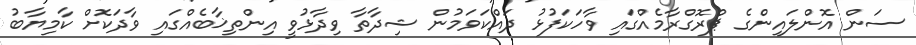
ސަން އޮންލައިންގެ ޕްރޮގްރާމެއްގައި ވާހަކަފުޅު ދައްކަވަމުން ޝިދާތާ ވިދާޅުވީ އިންތިޚާބެއްގައި ވާދަކޮށް ކާމިޔާބު